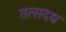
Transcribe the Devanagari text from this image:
तत्सदद्य